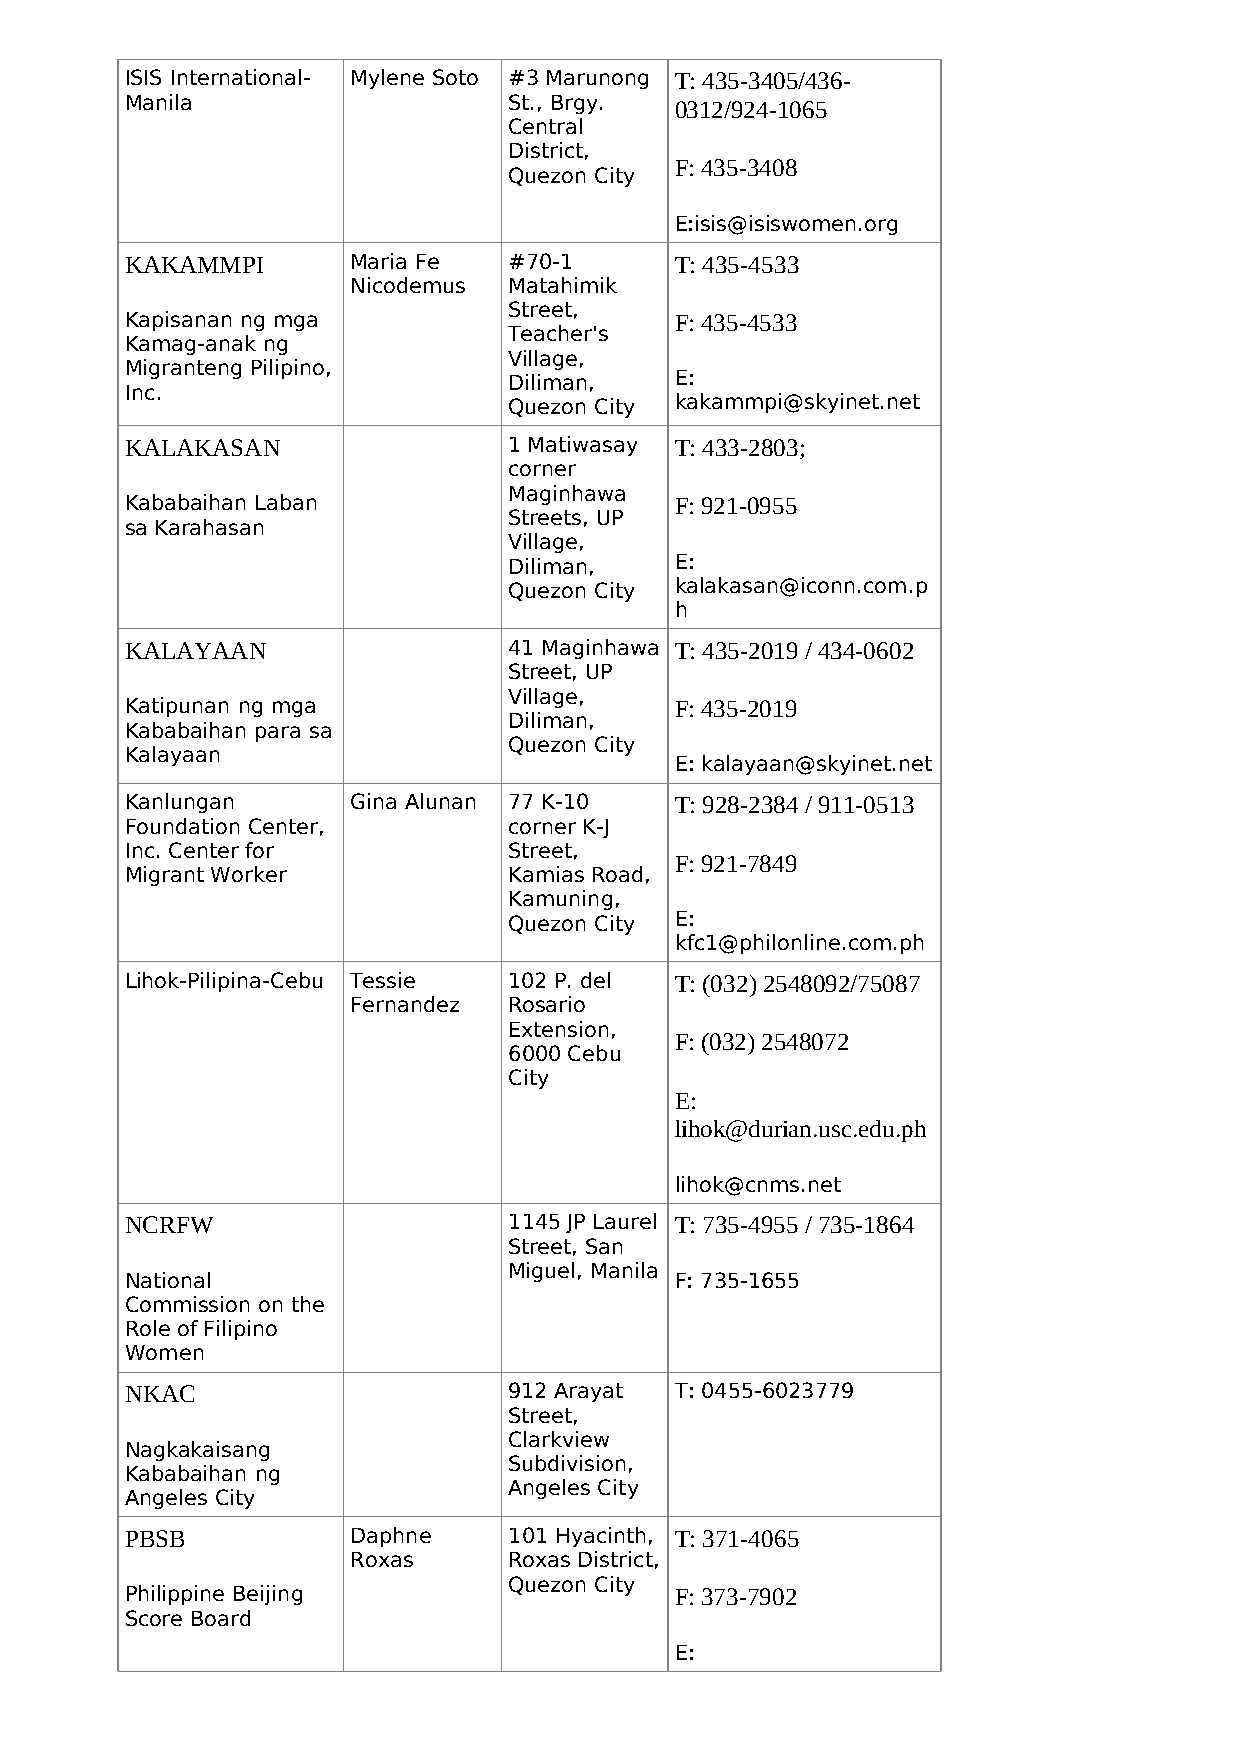
ISIS International- Mylene Soto #3 Marunong T: 435-3405/436-
 Manila                    St., Brgy. 0312/924-1065
 Central
 District,
 F: 435-3408
 Quezon City
 E:isis@isiswomen.org
 KAKAMMPI       Maria Fe   #70-1      T: 435-4533
 Nicodemus  Matahimik
 Street,
 Kapisanan ng mga                     F: 435-4533
 Teacher's
 Kamag-anak ng
 Village,
 Migranteng Pilipino,
 Diliman,   E:
 Inc.
 Quezon City kakammpi@skyinet.net
 KALAKASAN                 1 Matiwasay T: 433-2803;
 corner
 Maginhawa
 Kababaihan Laban                     F: 921-0955
 Streets, UP
 sa Karahasan
 Village,
 Diliman,   E:
 Quezon City kalakasan@iconn.com.p
 h
 KALAYAAN                  41 Maginhawa T: 435-2019 / 434-0602
 Street, UP
 Village,
 Katipunan ng mga                     F: 435-2019
 Diliman,
 Kababaihan para sa
 Quezon City
 Kalayaan
 E: kalayaan@skyinet.net
 Kanlungan      Gina Alunan 77 K-10   T: 928-2384 / 911-0513
 Foundation Center,        corner K-J
 Inc. Center for           Street,
 F: 921-7849
 Migrant Worker            Kamias Road,
 Kamuning,
 Quezon City E:
 kfc1@philonline.com.ph
 Lihok-Pilipina-Cebu Tessie 102 P. del T: (032) 2548092/75087
 Fernandez  Rosario
 Extension,
 F: (032) 2548072
 6000 Cebu
 City
 E:
 lihok@durian.usc.edu.ph
 lihok@cnms.net
 NCRFW                     1145 JP Laurel T: 735-4955 / 735-1864
 Street, San
 Miguel, Manila
 National                             F: 735-1655
 Commission on the
 Role of Filipino
 Women
 NKAC                      912 Arayat T: 0455-6023779
 Street,
 Clarkview
 Nagkakaisang
 Subdivision,
 Kababaihan ng
 Angeles City
 Angeles City
 PBSB           Daphne     101 Hyacinth, T: 371-4065
 Roxas      Roxas District,
 Quezon City
 Philippine Beijing                   F: 373-7902
 Score Board
 E: